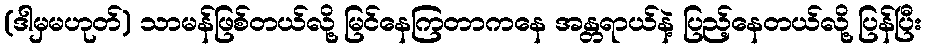
(ဒါမှမဟုတ်) သာမန်ဖြစ်တယ်လို့ မြင်နေကြတာကနေ အန္တရာယ်နဲ့ ပြည့်နေတယ်လို့ ပြန်ပြီး